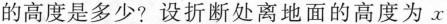
的高度是多少？设折断处离地面的高度为x